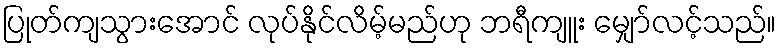
ပြုတ်ကျသွားအောင် လုပ်နိုင်လိမ့်မည်ဟု ဘရီကျူး မျှော်လင့်သည်။